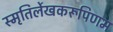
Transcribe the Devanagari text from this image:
स्मृतिर्लेखकरूपिणम